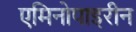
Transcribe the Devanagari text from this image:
एमिनोपाइरीन